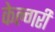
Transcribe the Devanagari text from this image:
केल्गरी